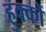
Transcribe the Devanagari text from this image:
हुक्‍कों